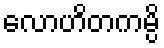
လောဟိတကမ္ပိ